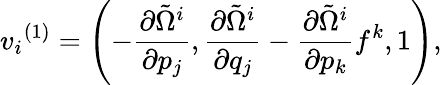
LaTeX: {v_{i}}^{(1)}=\left(-{\frac{\partial{\tilde{\Omega}}^{i}}{\partial p_{j}}},{\frac{\partial{\tilde{\Omega}}^{i}}{\partial q_{j}}}-{\frac{\partial{\tilde{\Omega}}^{i}}{\partial p_{k}}}f^{k},1\right),